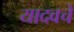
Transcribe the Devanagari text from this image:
यादवचे